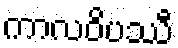
ကာလဝိပဿီ